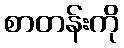
စာတန်းကို